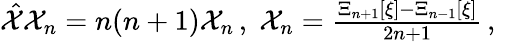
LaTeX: \begin{array}{r}{\hat{\mathcal{X}}\mathcal{X}_{n}=n(n+1)\mathcal{X}_{n}\, ,\; \mathcal{X}_{n}=\frac{\Xi_{n+1}[\xi]-\Xi_{n-1}[\xi]}{2n+1}\, ,\ }\end{array}